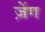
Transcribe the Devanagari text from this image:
ज़ेंग